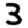
Digit: 3